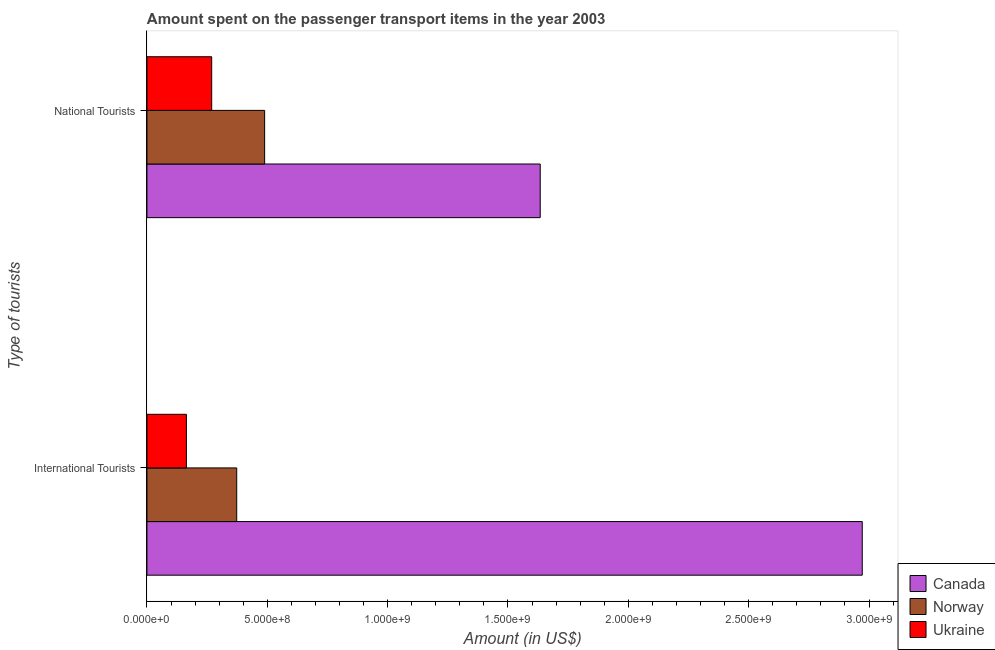
| Type of tourists | Canada | Norway | Ukraine |
 | --- | --- | --- | --- |
 | International Tourists | 2.97e+09 | 3.73e+08 | 1.64e+08 |
 | National Tourists | 1.63e+09 | 4.89e+08 | 2.69e+08 |